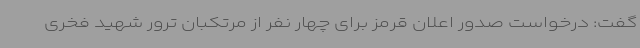
گفت: درخواست صدور اعلان قرمز برای چهار نفر از مرتکبان ترور شهید فخری